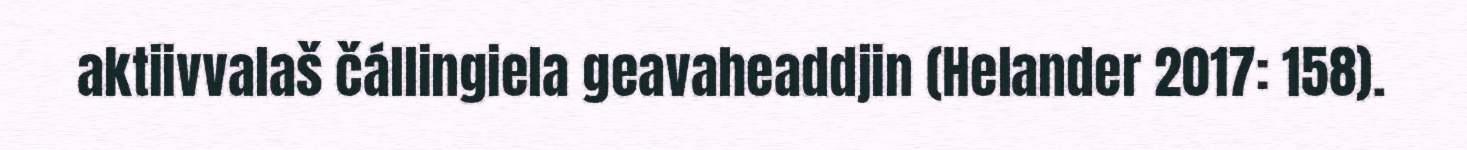
aktiivvalaš čállingiela geavaheaddjin (Helander 2017: 158).